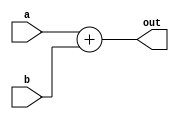
module Adder(
	input [63:0] a, b,
	output reg [63:0] out
);
	
	//We are not making carry out signal or even we are
	//not keeping out signal of 65 bits because of assumption that
	//the values in PC counter will never grow enough large to
	//cause overflow
	
	always@ *
	begin
		out <= a+b;
	end
	
endmodule